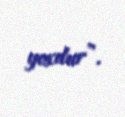
yoxdur”.